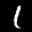
Label: 1